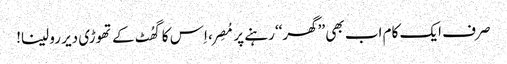
صرف ایک کام اب بھی ’’گھر‘‘ رہنے پر مُصِر، اِس کا گھُٹ کے تھوڑی دیر رو لینا!